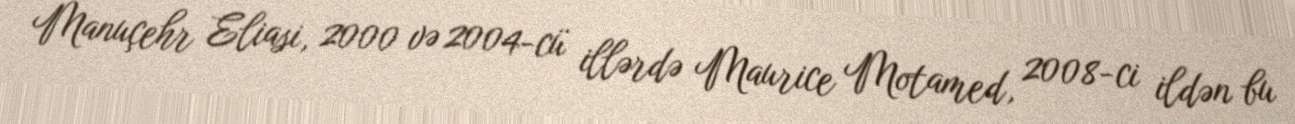
Manuçehr Eliasi, 2000 və 2004-cü illərdə Maurice Motamed, 2008-ci ildən bu